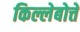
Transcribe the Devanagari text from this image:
किल्लेबोत्ते